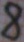
Text: 8